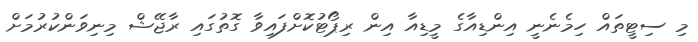
މި ސިޓީތައް ހިމެނެނީ އިންޑިއާގެ މީޑިއާ އިން ރިޕޯޓުކޮށްފައިވާ ގޮތުގައި ރާޖޭޝް މިނިވަންކުރުމަށް